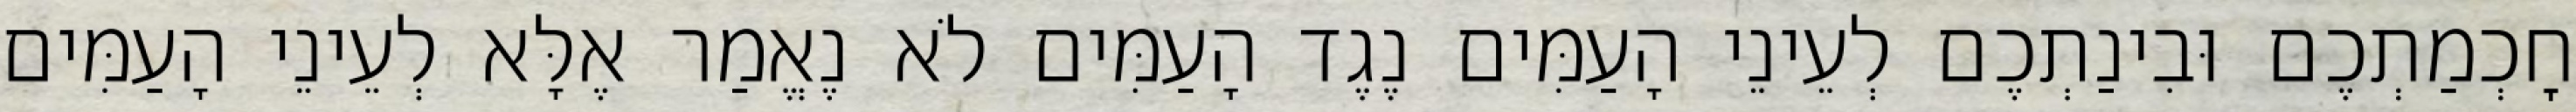
חׇכְמַתְכֶם וּבִינַתְכֶם לְעֵינֵי הָעַמִּים נֶגֶד הָעַמִּים לֹא נֶאֱמַר אֶלָּא לְעֵינֵי הָעַמִּים